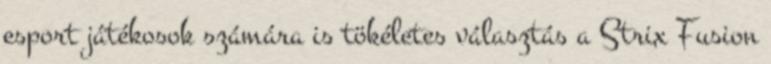
esport játékosok számára is tökéletes választás a Strix Fusion